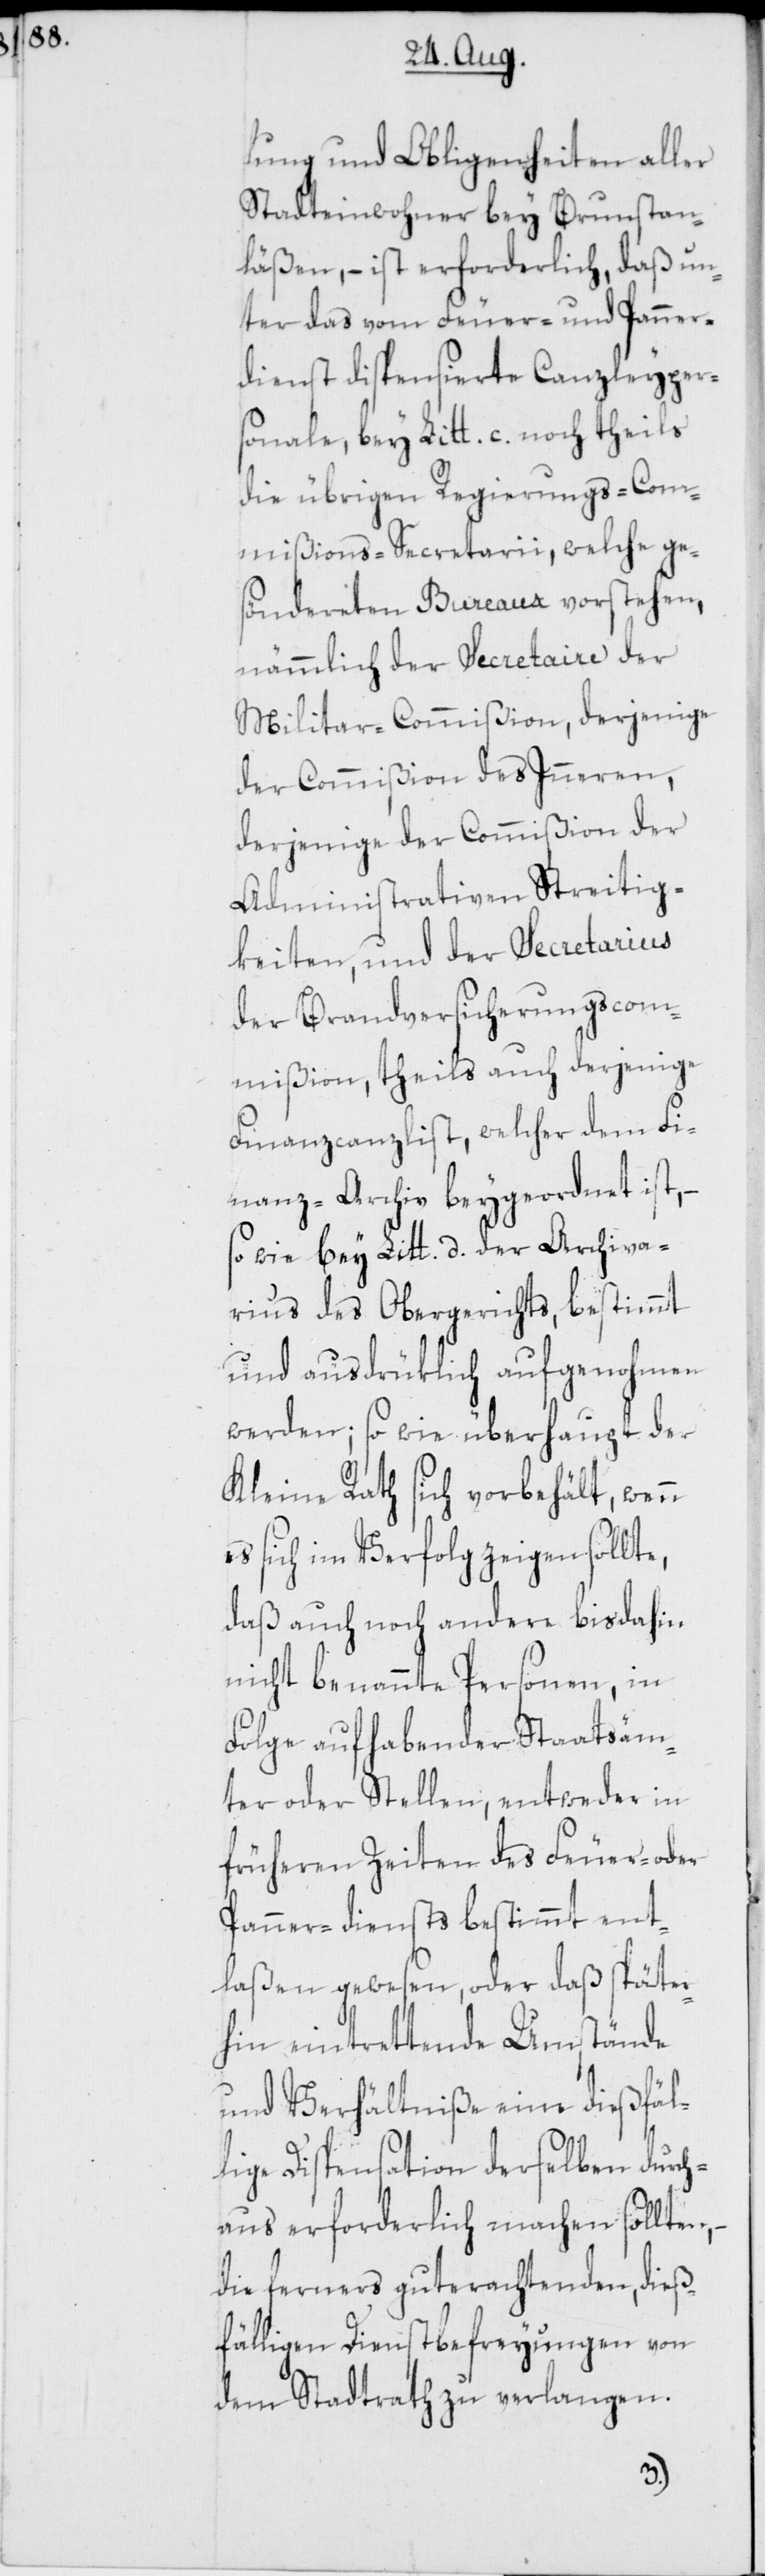
lung und Obligenheiten aller
Stadteinwohner bey Brunstan¬
läßen, – ist erforderlich, daß un¬
ter das vom Feuer- und Panner¬
dienst dispensierte Canzleyper¬
sonale, bey Litt. c. noch
die übrigen Regierungs-Com¬
mißions-Secretarii, welche ge¬
söndereten Bureaux vorstehen,
nämmlich der Secretaire der
Militar-Commißion, derjenige
der Commißion des Inneren,
derjenige der Commißion der
Administrativen Streitig¬
keiten, und der Secretarius
der Brandversicherungscom¬
mißion, theils auch derjenige
Finanzcanzlist, welcher dem Fi¬
nanz-Archiv beygeordnet ist, –
so wie bey Litt. d. der Archiva¬
rius des Obergerichts, bestimmt
und ausdrüklich aufgenohmen
werden; so wie überhaupt der
Kleine Rath sich vorbehält, wenn
es sich im Verfolg zeigen sollte,
daß auch noch andere bisdahin
nicht benannte Personen, in
Folge aufhabender Staatsäm¬
ter oder Stellen, entweder in
früheren Zeiten des Feuer- oder
Pannerdiensts bestimmt ent¬
laßen gewesen, oder daß später¬
hin eintrettende Umstände
und Verhältniße eine dießfäl¬
lige Dispensation derselben durch¬
aus erforderlich machen sollten, –
die ferners guterachtenden ,dieß¬
fälligen Dienstbefreyungen von
dem Stadtrath zu verlangen.